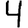
Digit: 4